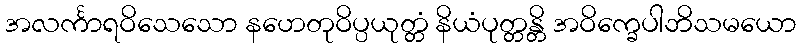
အလင်္ကာရဝိသေသော နဟေတုဝိပ္ပယုတ္တံ နိယံပုတ္တန္တိ အဝိက္ခေပါဘိသမယော